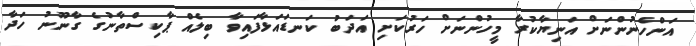
އަންހެނުންނަށް އަނިޔާކުރާ މީހުންނަށް ހަރުކަށި އަދަބު ކަނޑައަޅާފައިވާ ބިލެއް ޕާކިސްތާނުގެ ގާނޫނު ހަދާ